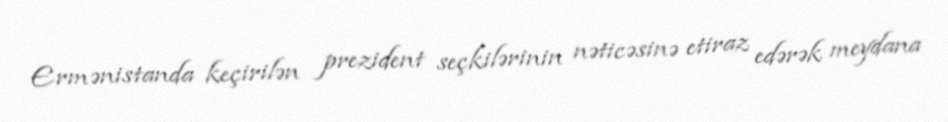
Ermənistanda keçirilən prezident seçkilərinin nəticəsinə etiraz edərək meydana